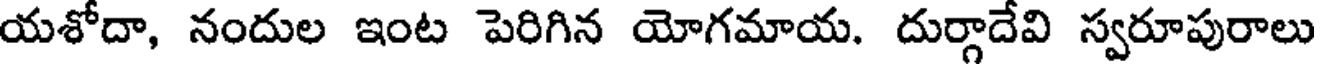
యశోదా, నందుల ఇంట పెరిగిన యోగమాయ. దుర్గాదేవి స్వరూపురాలు